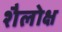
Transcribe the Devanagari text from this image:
शैलोक्ष